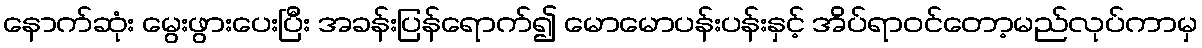
နောက်ဆုံး မွေးဖွားပေးပြီး အခန်းပြန်ရောက်၍ မောမောပန်းပန်းနှင့် အိပ်ရာဝင်တော့မည်လုပ်ကာမှ